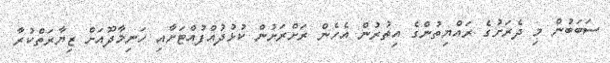
ސަބަބުން މި ދެރަށުގެ ރައްޔިތުންގެ އިތުރުން އެހެން ރަށްރަށުން ކުޅުދުއްފުއްޓަށާއި ހަނިމާދޫއަށް ޒިޔާރަތްކުރާ